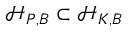
\mathcal { H } _ { P , B } \subset \mathcal { H } _ { K , B }